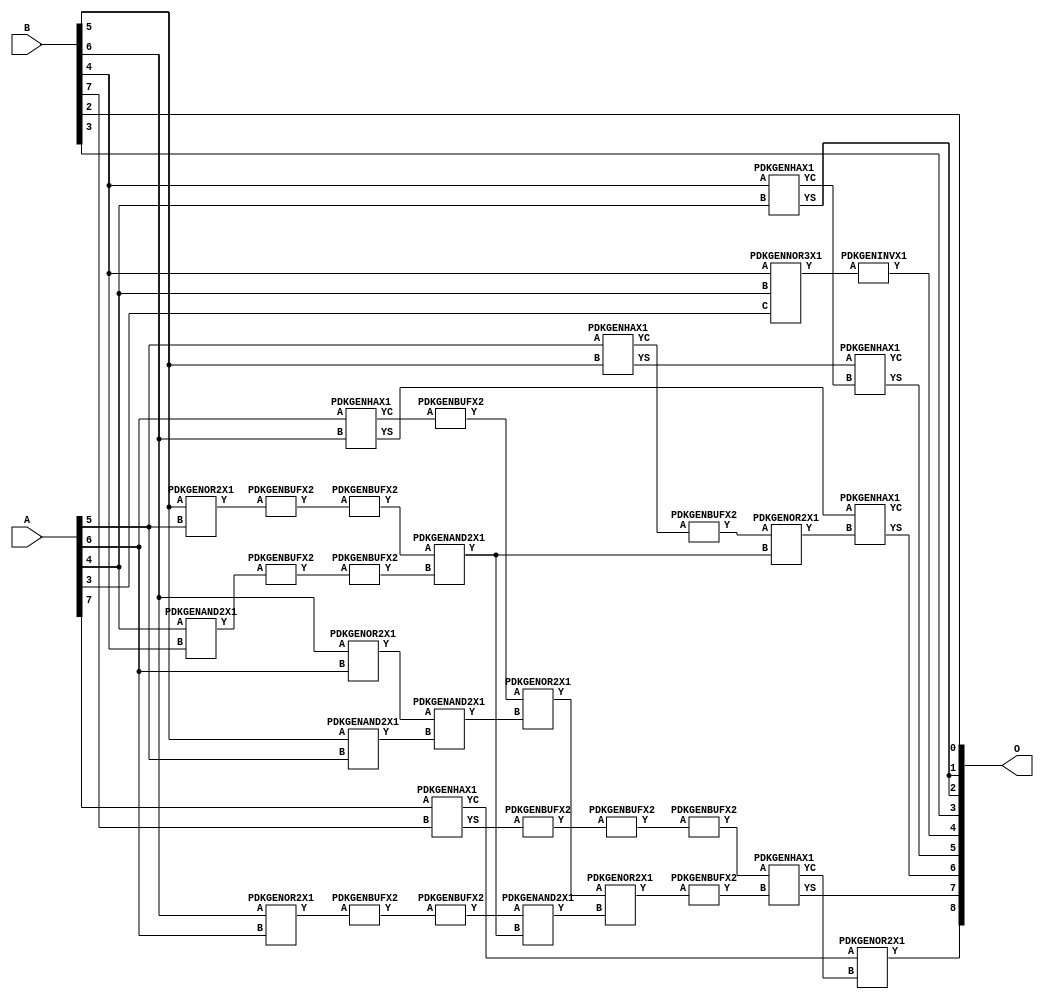
// Library = EvoApprox8b
// Circuit = add8_469
// Area   (180) = 1312
// Delay  (180) = 0.940
// Power  (180) = 369.00
// Area   (45) = 93
// Delay  (45) = 0.400
// Power  (45) = 29.15
// Nodes = 33
// HD = 188032
// MAE = 5.40625
// MSE = 44.00000
// MRE = 2.90 %
// WCE = 16
// WCRE = 100 %
// EP = 93.9 %

module add8_469(A, B, O);
  input [7:0] A;
  input [7:0] B;
  output [8:0] O;
  wire [2031:0] N;

  assign N[0] = A[0];
  assign N[1] = A[0];
  assign N[2] = A[1];
  assign N[3] = A[1];
  assign N[4] = A[2];
  assign N[5] = A[2];
  assign N[6] = A[3];
  assign N[7] = A[3];
  assign N[8] = A[4];
  assign N[9] = A[4];
  assign N[10] = A[5];
  assign N[11] = A[5];
  assign N[12] = A[6];
  assign N[13] = A[6];
  assign N[14] = A[7];
  assign N[15] = A[7];
  assign N[16] = B[0];
  assign N[17] = B[0];
  assign N[18] = B[1];
  assign N[19] = B[1];
  assign N[20] = B[2];
  assign N[21] = B[2];
  assign N[22] = B[3];
  assign N[23] = B[3];
  assign N[24] = B[4];
  assign N[25] = B[4];
  assign N[26] = B[5];
  assign N[27] = B[5];
  assign N[28] = B[6];
  assign N[29] = B[6];
  assign N[30] = B[7];
  assign N[31] = B[7];

  PDKGENOR2X1 n42(.A(N[28]), .B(N[12]), .Y(N[42]));
  assign N[43] = N[42];
  PDKGENOR2X1 n44(.A(N[28]), .B(N[12]), .Y(N[44]));
  assign N[45] = N[44];
  PDKGENAND2X1 n46(.A(N[26]), .B(N[10]), .Y(N[46]));
  PDKGENNOR3X1 n48(.A(N[24]), .B(N[8]), .C(N[6]), .Y(N[48]));
  assign N[49] = N[48];
  PDKGENAND2X1 n68(.A(N[8]), .B(N[24]), .Y(N[68]));
  PDKGENBUFX2 n70(.A(N[68]), .Y(N[70]));
  PDKGENHAX1 n72(.A(N[24]), .B(N[8]), .YS(N[72]), .YC(N[73]));
  PDKGENHAX1 n78(.A(N[10]), .B(N[26]), .YS(N[78]), .YC(N[79]));
  PDKGENBUFX2 n80(.A(N[79]), .Y(N[80]));
  assign N[81] = N[80];
  PDKGENHAX1 n86(.A(N[12]), .B(N[28]), .YS(N[86]), .YC(N[87]));
  PDKGENHAX1 n96(.A(N[14]), .B(N[30]), .YS(N[96]), .YC(N[97]));
  PDKGENBUFX2 n128(.A(N[45]), .Y(N[128]));
  assign N[129] = N[128];
  PDKGENOR2X1 n134(.A(N[26]), .B(N[10]), .Y(N[134]));
  PDKGENBUFX2 n136(.A(N[134]), .Y(N[136]));
  PDKGENBUFX2 n142(.A(N[87]), .Y(N[142]));
  assign N[143] = N[142];
  PDKGENBUFX2 n152(.A(N[70]), .Y(N[152]));
  PDKGENBUFX2 n160(.A(N[96]), .Y(N[160]));
  PDKGENAND2X1 n162(.A(N[43]), .B(N[46]), .Y(N[162]));
  assign N[163] = N[162];
  PDKGENBUFX2 n164(.A(N[160]), .Y(N[164]));
  assign N[165] = N[164];
  PDKGENBUFX2 n170(.A(N[129]), .Y(N[170]));
  PDKGENINVX1 n176(.A(N[49]), .Y(N[176]));
  assign N[177] = N[176];
  PDKGENOR2X1 n180(.A(N[143]), .B(N[163]), .Y(N[180]));
  PDKGENBUFX2 n206(.A(N[136]), .Y(N[206]));
  assign N[207] = N[206];
  PDKGENAND2X1 n226(.A(N[207]), .B(N[152]), .Y(N[226]));
  PDKGENOR2X1 n244(.A(N[81]), .B(N[226]), .Y(N[244]));
  assign N[245] = N[244];
  PDKGENAND2X1 n254(.A(N[170]), .B(N[226]), .Y(N[254]));
  PDKGENOR2X1 n272(.A(N[180]), .B(N[254]), .Y(N[272]));
  PDKGENBUFX2 n348(.A(N[272]), .Y(N[348]));
  PDKGENBUFX2 n376(.A(N[165]), .Y(N[376]));
  assign N[377] = N[376];
  PDKGENHAX1 n394(.A(N[78]), .B(N[73]), .YS(N[394]), .YC(N[395]));
  PDKGENHAX1 n404(.A(N[86]), .B(N[245]), .YS(N[404]), .YC(N[405]));
  PDKGENHAX1 n412(.A(N[377]), .B(N[348]), .YS(N[412]), .YC(N[413]));
  PDKGENOR2X1 n422(.A(N[97]), .B(N[413]), .Y(N[422]));

  assign O[0] = N[20];
  assign O[1] = N[72];
  assign O[2] = N[72];
  assign O[3] = N[22];
  assign O[4] = N[177];
  assign O[5] = N[394];
  assign O[6] = N[404];
  assign O[7] = N[412];
  assign O[8] = N[422];

endmodule
/* mod */
module PDKGENHAX1( input A, input B, output YS, output YC );
    assign YS = A ^ B;
    assign YC = A & B;
endmodule
/* mod */
module PDKGENOR2X1(input A, input B, output Y );
     assign Y = A | B;
endmodule
/* mod */
module PDKGENAND2X1(input A, input B, output Y );
     assign Y = A & B;
endmodule
/* mod */
module PDKGENINVX1(input A, output Y );
     assign Y = ~A;
endmodule
/* mod */
module PDKGENNOR3X1(input A, input B, input C, output Y );
     assign Y = ~((A | B) | C);
endmodule
/* mod */
module PDKGENBUFX2(input A, output Y );
     assign Y = A;
endmodule